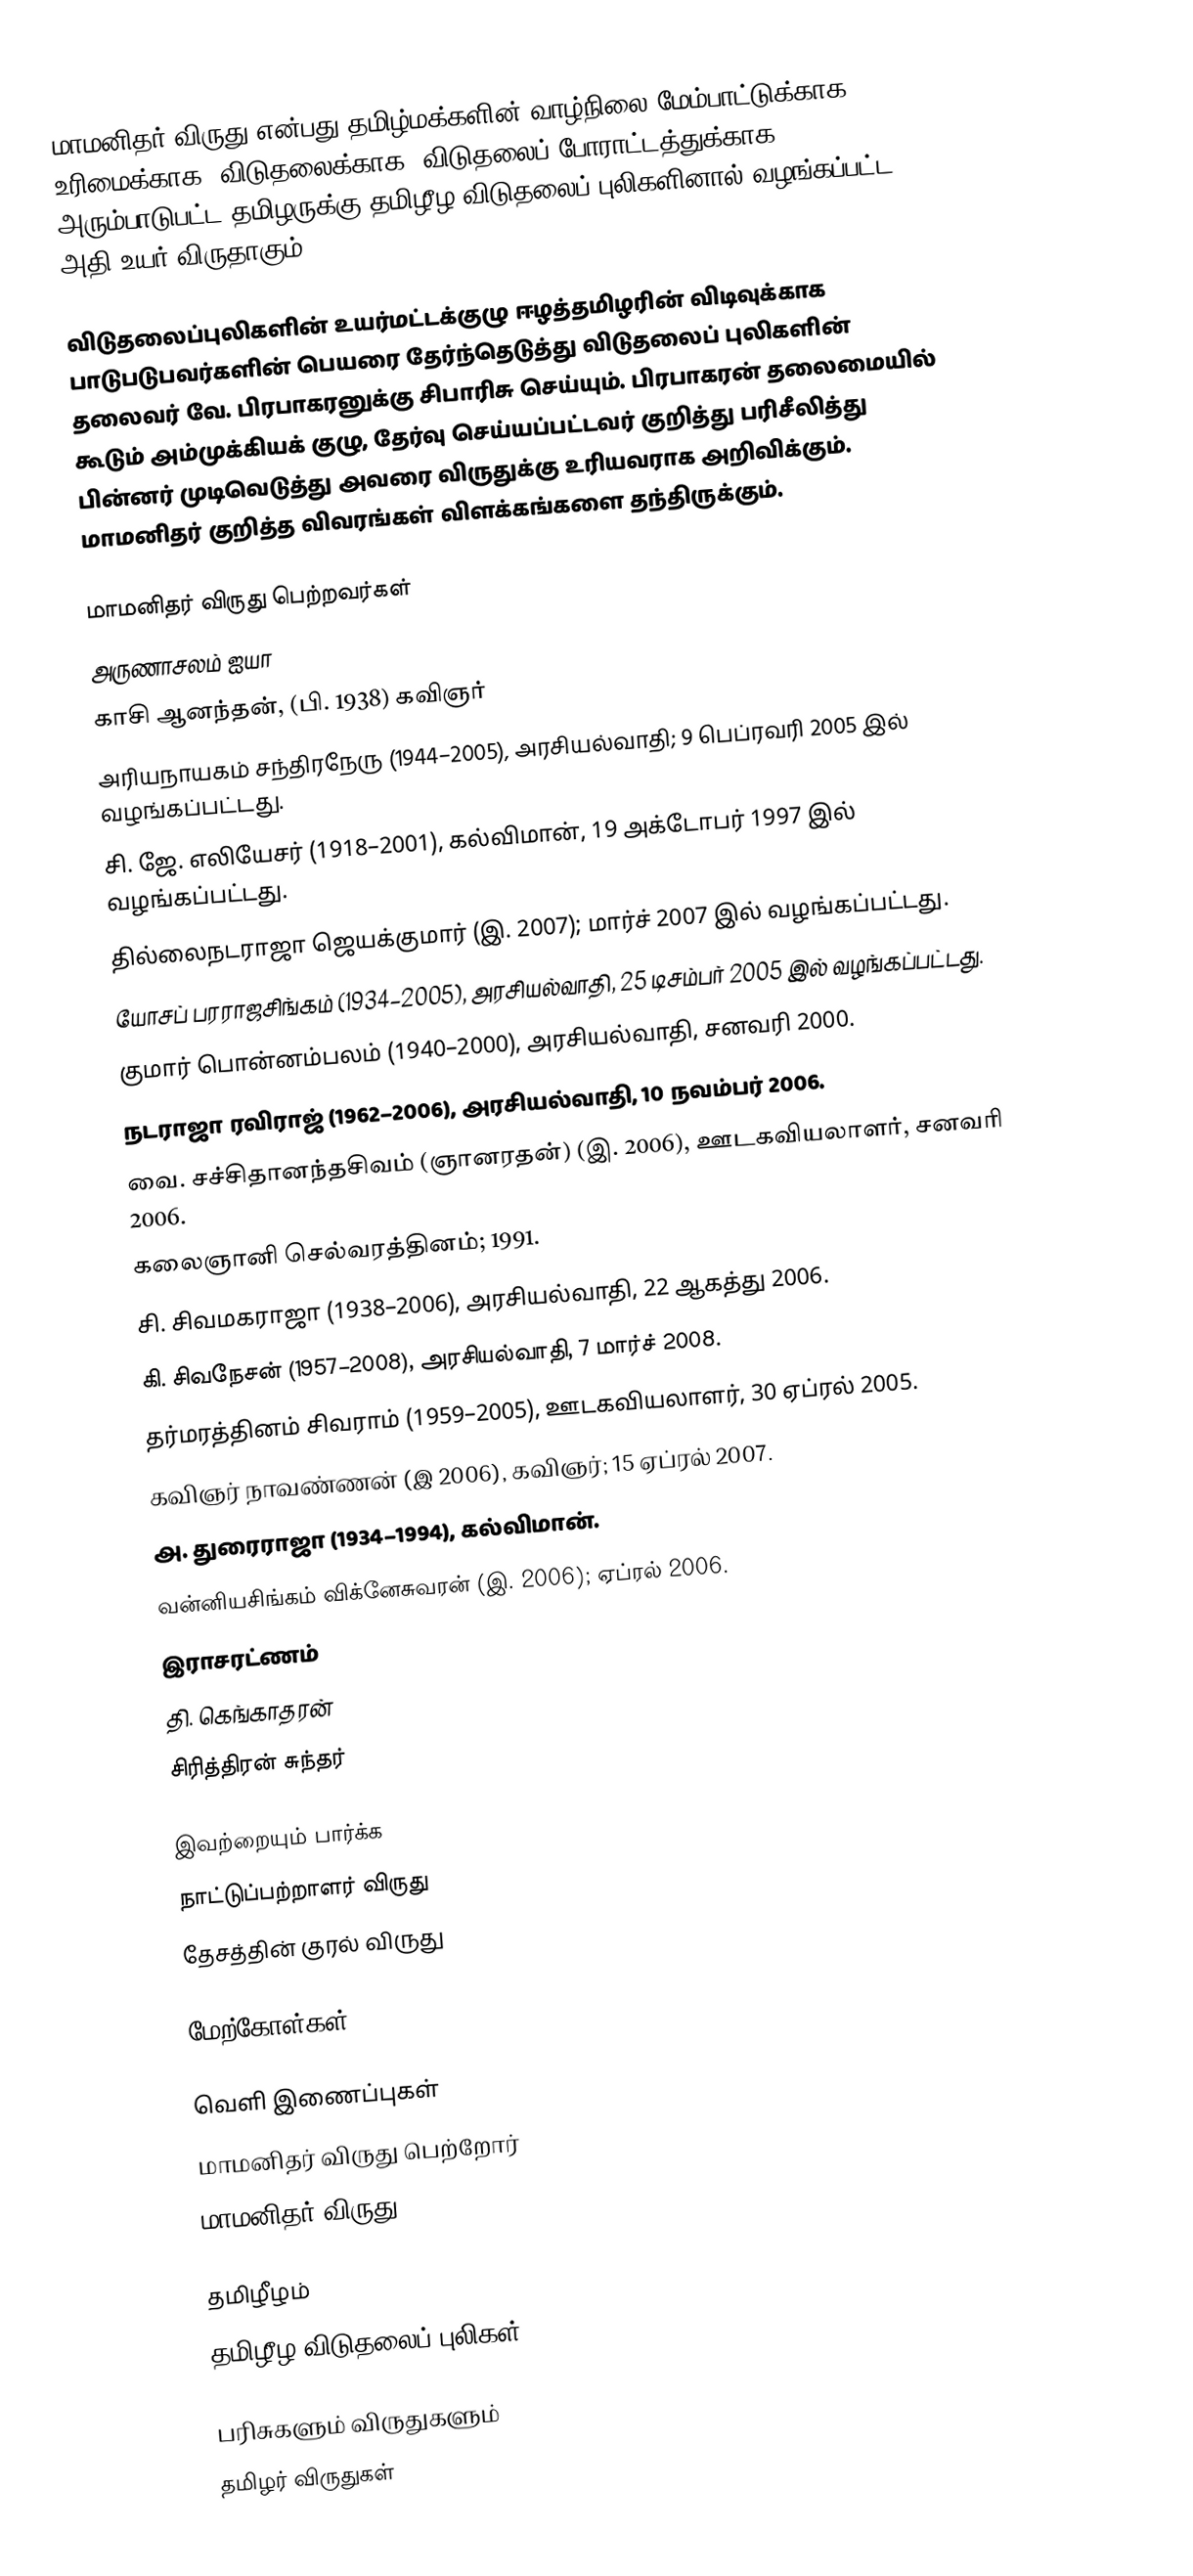
மாமனிதர் விருது என்பது தமிழ்மக்களின் வாழ்நிலை மேம்பாட்டுக்காக, உரிமைக்காக, விடுதலைக்காக, விடுதலைப் போராட்டத்துக்காக அரும்பாடுபட்ட தமிழருக்கு தமிழீழ விடுதலைப் புலிகளினால் வழங்கப்பட்ட அதி உயர் விருதாகும்..

விடுதலைப்புலிகளின் உயர்மட்டக்குழு ஈழத்தமிழரின் விடிவுக்காக பாடுபடுபவர்களின் பெயரை தேர்ந்தெடுத்து விடுதலைப் புலிகளின் தலைவர் வே. பிரபாகரனுக்கு சிபாரிசு செய்யும். பிரபாகரன் தலைமையில் கூடும் அம்முக்கியக் குழு, தேர்வு செய்யப்பட்டவர் குறித்து பரிசீலித்து பின்னர் முடிவெடுத்து அவரை விருதுக்கு உரியவராக அறிவிக்கும். மாமனிதர் குறித்த விவரங்கள் விளக்கங்களை தந்திருக்கும்.

மாமனிதர் விருது பெற்றவர்கள்
 அருணாசலம் ஐயா
 காசி ஆனந்தன், (பி. 1938) கவிஞர்
 அரியநாயகம் சந்திரநேரு (1944–2005), அரசியல்வாதி; 9 பெப்ரவரி 2005 இல் வழங்கப்பட்டது.
 சி. ஜே. எலியேசர் (1918–2001), கல்விமான், 19 அக்டோபர் 1997 இல் வழங்கப்பட்டது.
 தில்லைநடராஜா ஜெயக்குமார் (இ. 2007); மார்ச் 2007 இல் வழங்கப்பட்டது.
 யோசப் பரராஜசிங்கம் (1934–2005), அரசியல்வாதி, 25 டிசம்பர் 2005 இல் வழங்கப்பட்டது.
 குமார் பொன்னம்பலம் (1940–2000), அரசியல்வாதி, சனவரி 2000.
 நடராஜா ரவிராஜ் (1962–2006), அரசியல்வாதி, 10 நவம்பர் 2006.
 வை. சச்சிதானந்தசிவம் (ஞானரதன்) (இ. 2006), ஊடகவியலாளர், சனவரி 2006.
 கலைஞானி செல்வரத்தினம்; 1991.
 சி. சிவமகராஜா (1938–2006), அரசியல்வாதி, 22 ஆகத்து 2006.
 கி. சிவநேசன் (1957–2008), அரசியல்வாதி, 7 மார்ச் 2008.
 தர்மரத்தினம் சிவராம் (1959–2005), ஊடகவியலாளர், 30 ஏப்ரல் 2005.
 கவிஞர் நாவண்ணன் (இ 2006), கவிஞர்; 15 ஏப்ரல் 2007.
 அ. துரைராஜா (1934–1994), கல்விமான்.
 வன்னியசிங்கம் விக்னேசுவரன் (இ. 2006); ஏப்ரல் 2006.
 இராசரட்ணம்
 தி. கெங்காதரன்
 சிரித்திரன் சுந்தர்

இவற்றையும் பார்க்க
 நாட்டுப்பற்றாளர் விருது
 தேசத்தின் குரல் விருது

மேற்கோள்கள்

வெளி இணைப்புகள்
 மாமனிதர் விருது பெற்றோர்
 மாமனிதர் விருது

தமிழீழம்
தமிழீழ விடுதலைப் புலிகள்

பரிசுகளும் விருதுகளும்
தமிழர் விருதுகள்